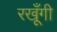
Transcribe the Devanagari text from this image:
रखूँगी